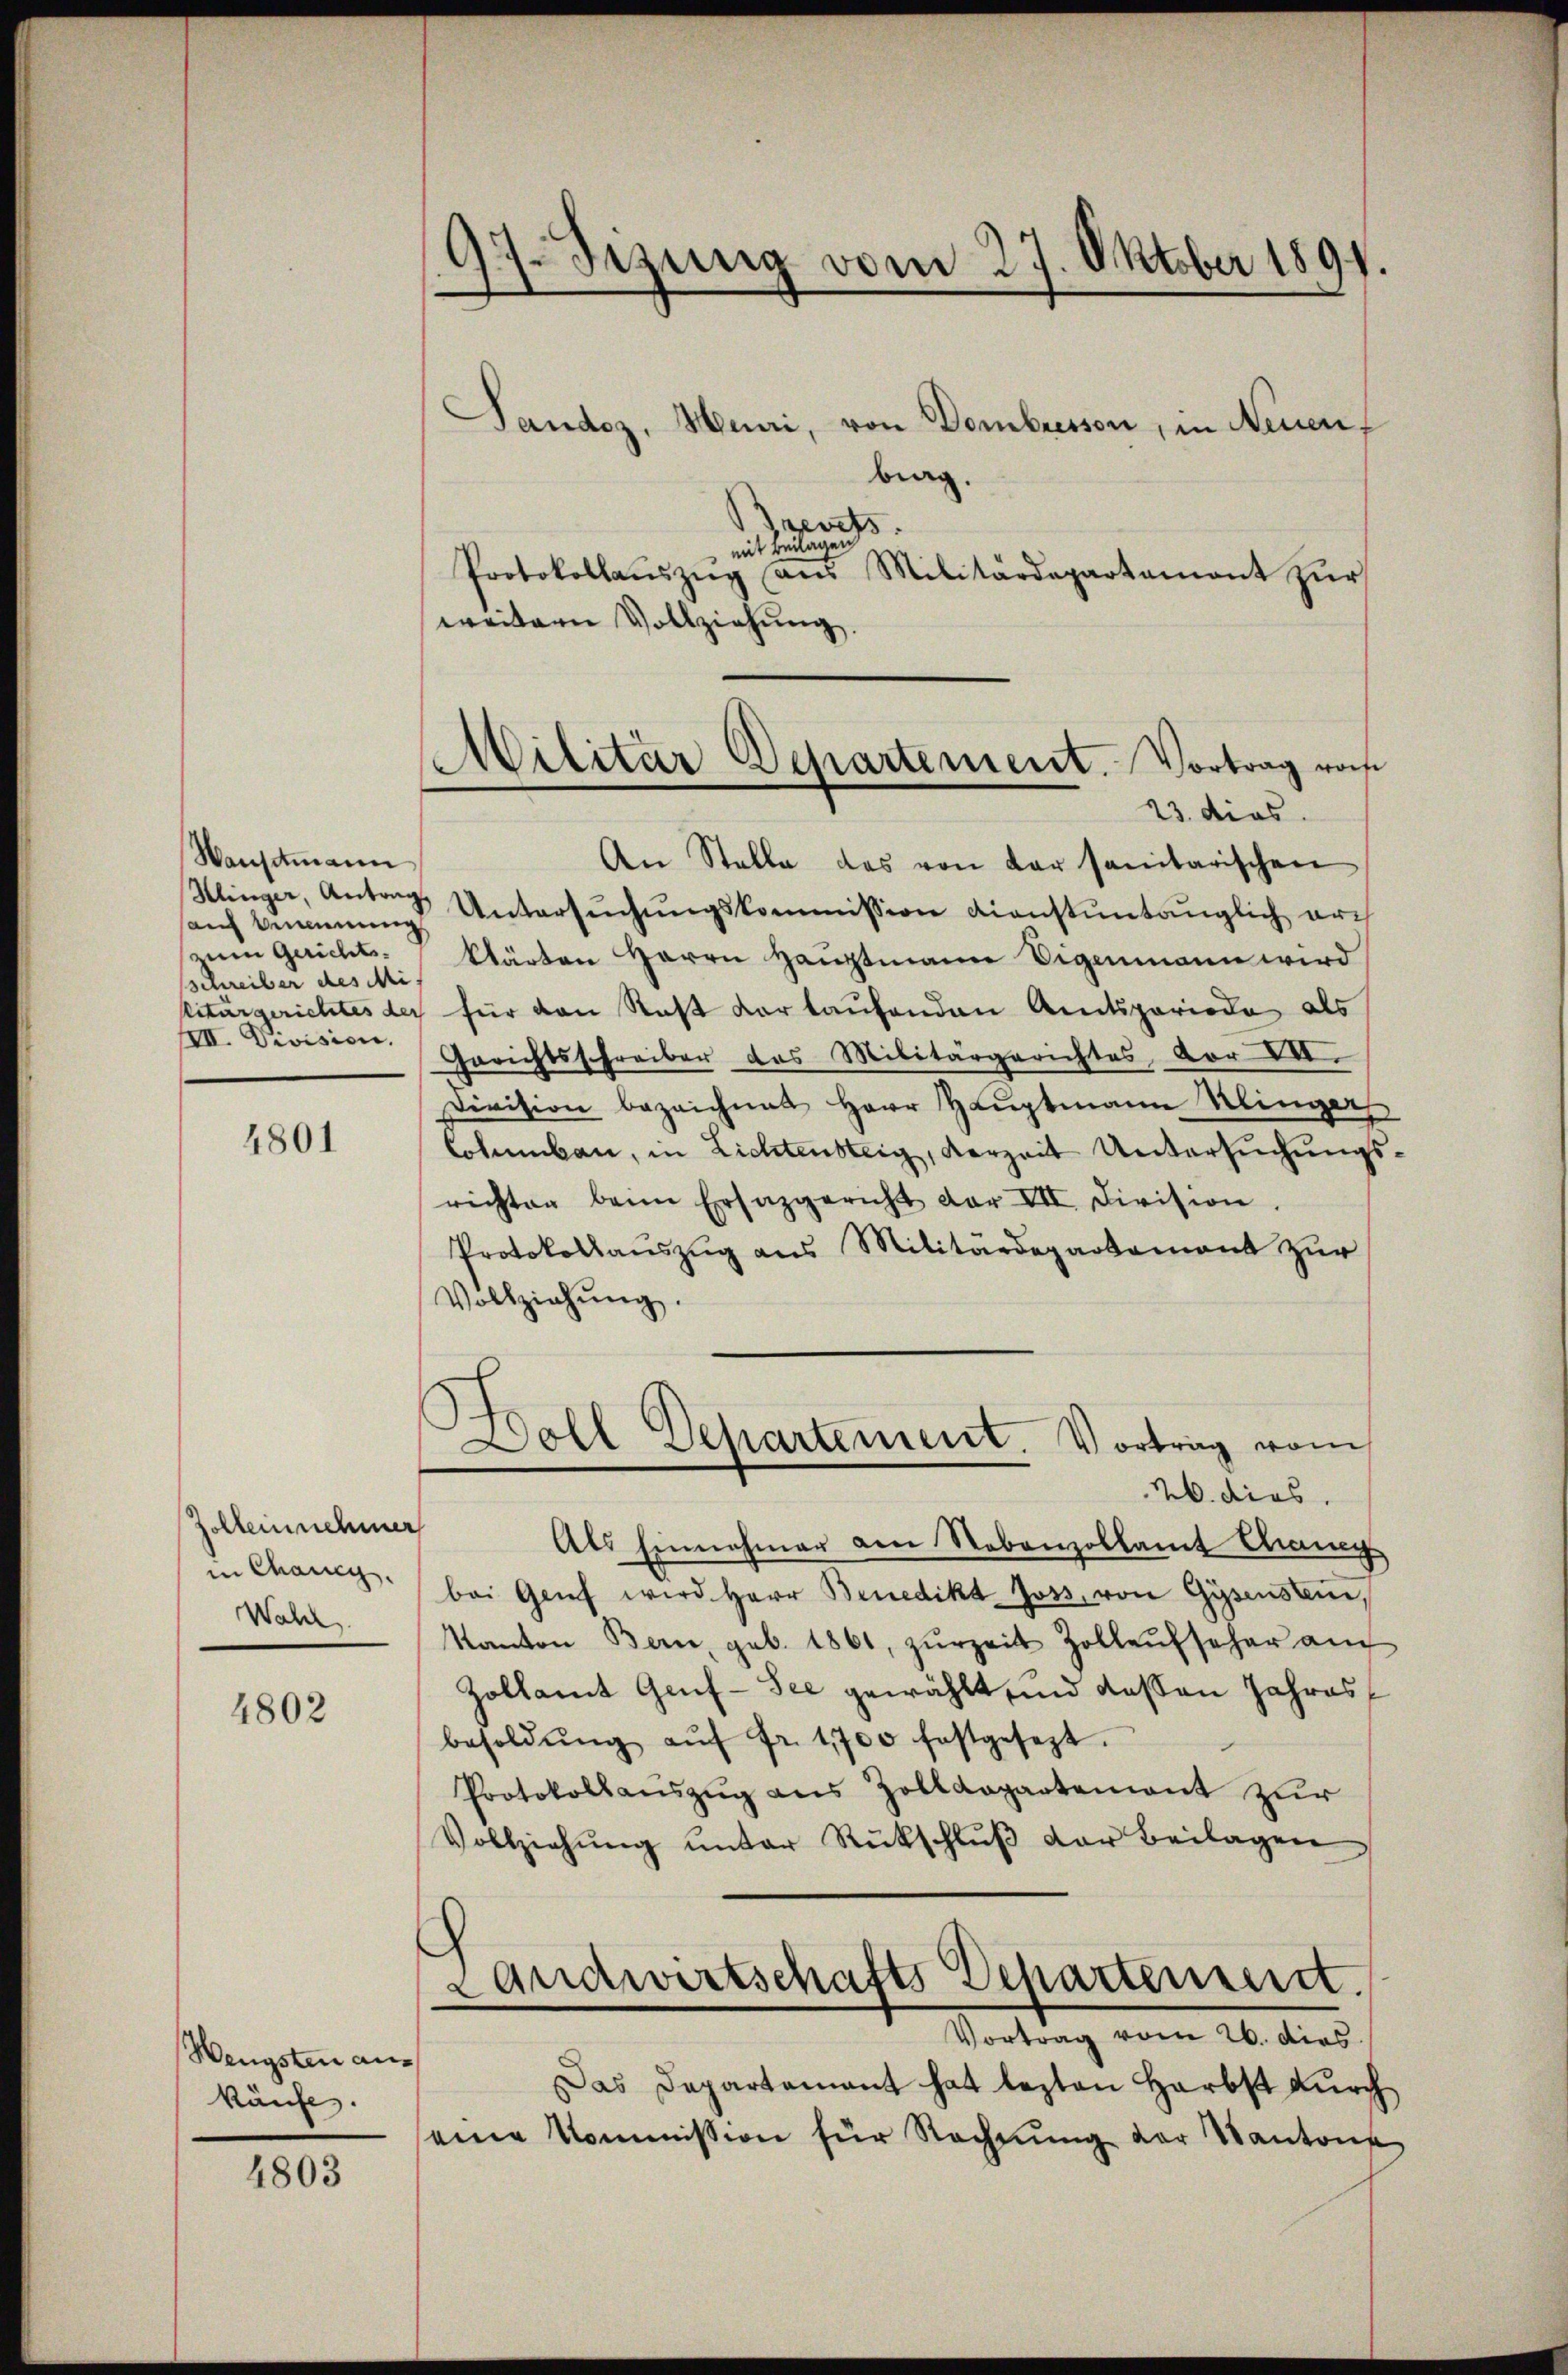
Wansitmann
sauch kennung
zum Gerichts-
Schreiber des Mi
III. Division.

4801

Zolleinnehmer
in Chang.
Wahl

4802

Wengsten ankäufe.

4803

97. Sizung vom 27. Oktober 1891.

Militär Departement. Vortrag von
23. dies

Sandoz, Muri, von Dombressen, in Neuen,
brag.
revets
mit Beilagen
Protokollaŭszŭg aŭs Militärdepartament zŭr
weitern Vollziehŭng.
An Stelle das von der sanitarischen
Klinger, Antrag Untersŭchŭngskommission dienstŭntänglich ar-
klärten Herrn Hauptmann Eigenmann wird
sciturgerichtes der für den Rast vorlaufenden Amtsperiode als
Gerichtsschreiber das Militärgerichtes vor XVI.
Division bezeichnet Herr Hauptmann Klingers
Columbau, in Lichtensteig, Verzeit Untersuchungsrichten beim Ersazgericht der VII. Division.
Protokollaŭszŭg ans Militärdepartement zŭr
Vollziehŭng.
Doll Departement. Vortrag vom
M. dies
Als Einnahmer den Nebenzollamt Chang
bei Genf wird Herr Benedikt Joss, von Gysenstein,
Kanton Bern, geb. 1861, zŭrzeit Zollaŭfseher au
Zollamt Genf-See gewählt, und dessen Jahres
besoldŭng aŭf fr. 1700 festgesezt.
Protokollaŭszŭg ans Zolldepartement zur
Vollziehŭng ŭnter Rückschlŭβ der Beilagen
Landwirtschafts Departement.
Vortrag vom 26. dies
Das Departement hat lezten Harbst durch
seine Kommission für Rechnung der Kantone